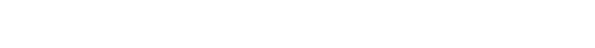
(သ၊ သဒ္ဒါသ် ပရံမုခဝါစကဖြင့် အမည်နာမ ပညတ်ဖြင့်မှတ်၍ အာရုံပြုအပ်သောကျမ်းကို